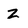
Character: Z